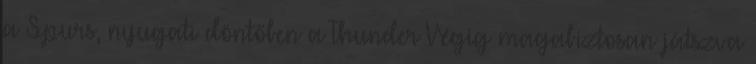
a Spurs, nyugati döntőben a Thunder Végig magabiztosan játszva